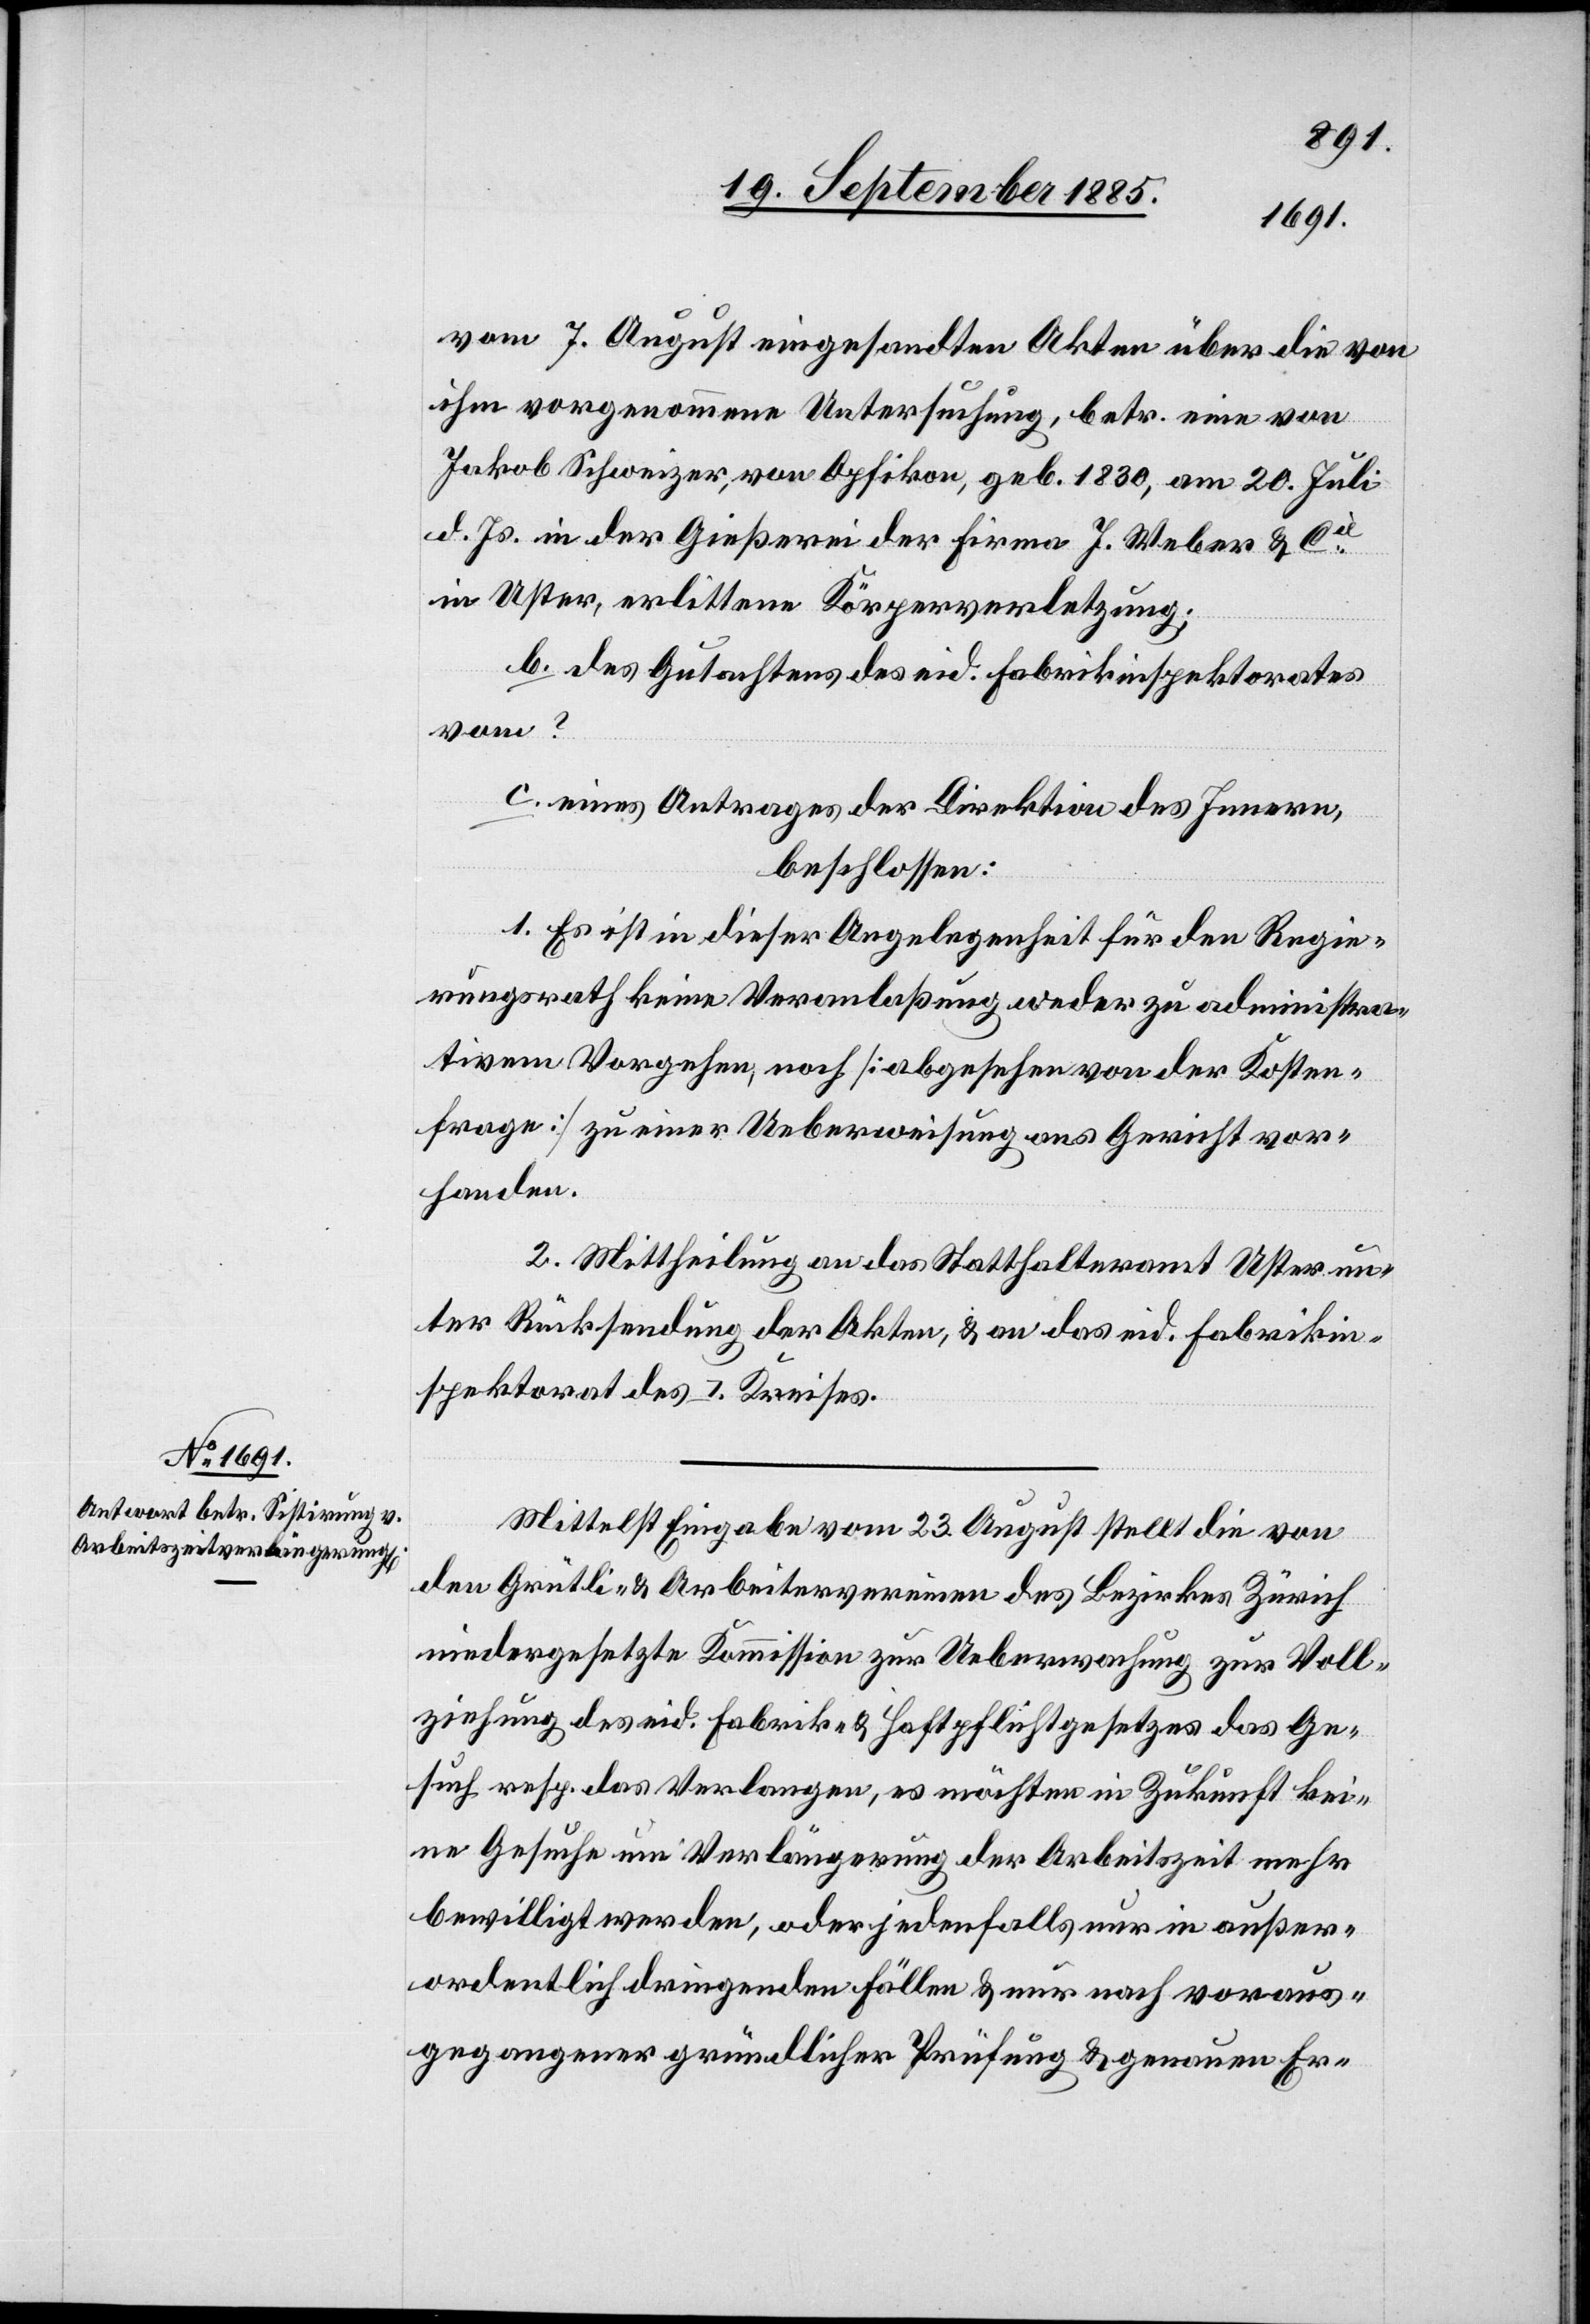
vom 7. August eingesandten Akten über die von
ihm vorgenommene Untersuchung, betr. eine von
Jakob Schweizer, von Opfikon, geb. 1830, am 20. Juli
d. Js. in der Gießerei der Firma J. Weber & Cie
in Uster, erlittenen Körperverletzung;
b. des Gutachtens des eid. Fabrikinspektorates
vom ?
c. eines Antrages der Direktion des Innern,
beschlossen:
1. Es ist in dieser Angelegenheit für den Regie¬
rungsrath keine Veranlaßung weder zu administra¬
tivem Vorgehen, noch [abgesehen von der Kosten¬
frage] zu einer Ueberweisung ans Gericht vor¬
handen.
2. Mittheilung an das Statthalteramt Uster un¬
ter Rücksendung der Akten, & an das eid. Fabrikin¬
spektorat des I. Kreises.